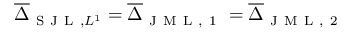
\overline { { \Delta } } _ { \mathrm { ~ S ~ J ~ L ~ } , L ^ { 1 } } = \overline { { \Delta } } _ { \mathrm { ~ J ~ M ~ L ~ , ~ 1 ~ } } = \overline { { \Delta } } _ { \mathrm { ~ J ~ M ~ L ~ , ~ 2 ~ } }